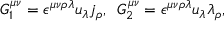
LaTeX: G _ { 1 } ^ { \mu \nu } = \epsilon ^ { \mu \nu \rho \lambda } u _ { \lambda } j _ { \rho } , \, \ G _ { 2 } ^ { \mu \nu } = \epsilon ^ { \mu \nu \rho \lambda } u _ { \lambda } \lambda _ { \rho } ,